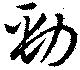
勁